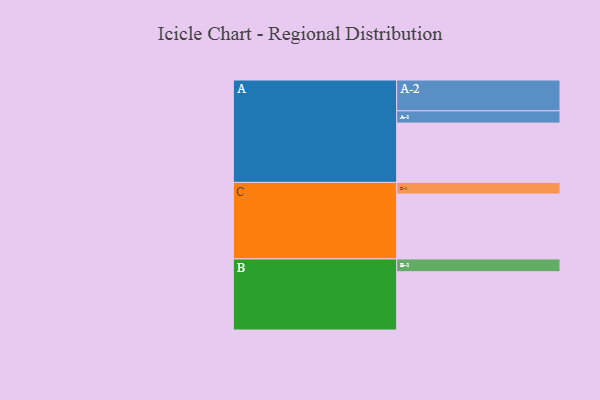
{"axis": {"x": "Segment", "y": "Value"}, "legend": ["", "A", "B", "C"], "data": [{"x": "A", "y": 454, "type": ""}, {"x": "B", "y": 446, "type": ""}, {"x": "C", "y": 497, "type": ""}, {"x": "A-1", "y": 94, "type": "A"}, {"x": "A-2", "y": 236, "type": "A"}, {"x": "B-1", "y": 98, "type": "B"}, {"x": "C-1", "y": 89, "type": "C"}]}